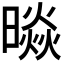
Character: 𭧲